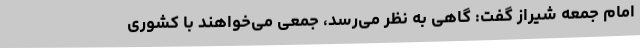
امام جمعه شیراز گفت: گاهی به نظر می‌رسد، جمعی می‌خواهند با کشوری